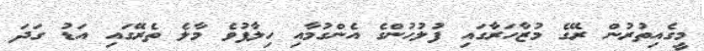
މީގެއިތުރުން ރޭގެ މުޒާހަރާގައި ފުލުހުންގެ އެންގުމާއި ހިލާފުވެ މާލެ ތެރޭގައި އަޑު ގަދަ